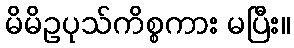
မိမိဥပုသ်ကိစ္စကား မပြီး။